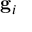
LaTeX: \mathbf { g } _ { i }